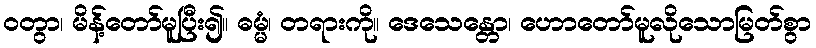
ဝတွာ၊ မိန့်တော်မူပြီး၍။ ဓမ္မံ၊ တရားကို။ ဒေသေန္တော၊ ဟောတော်မူလိုသောမြတ်စွာ